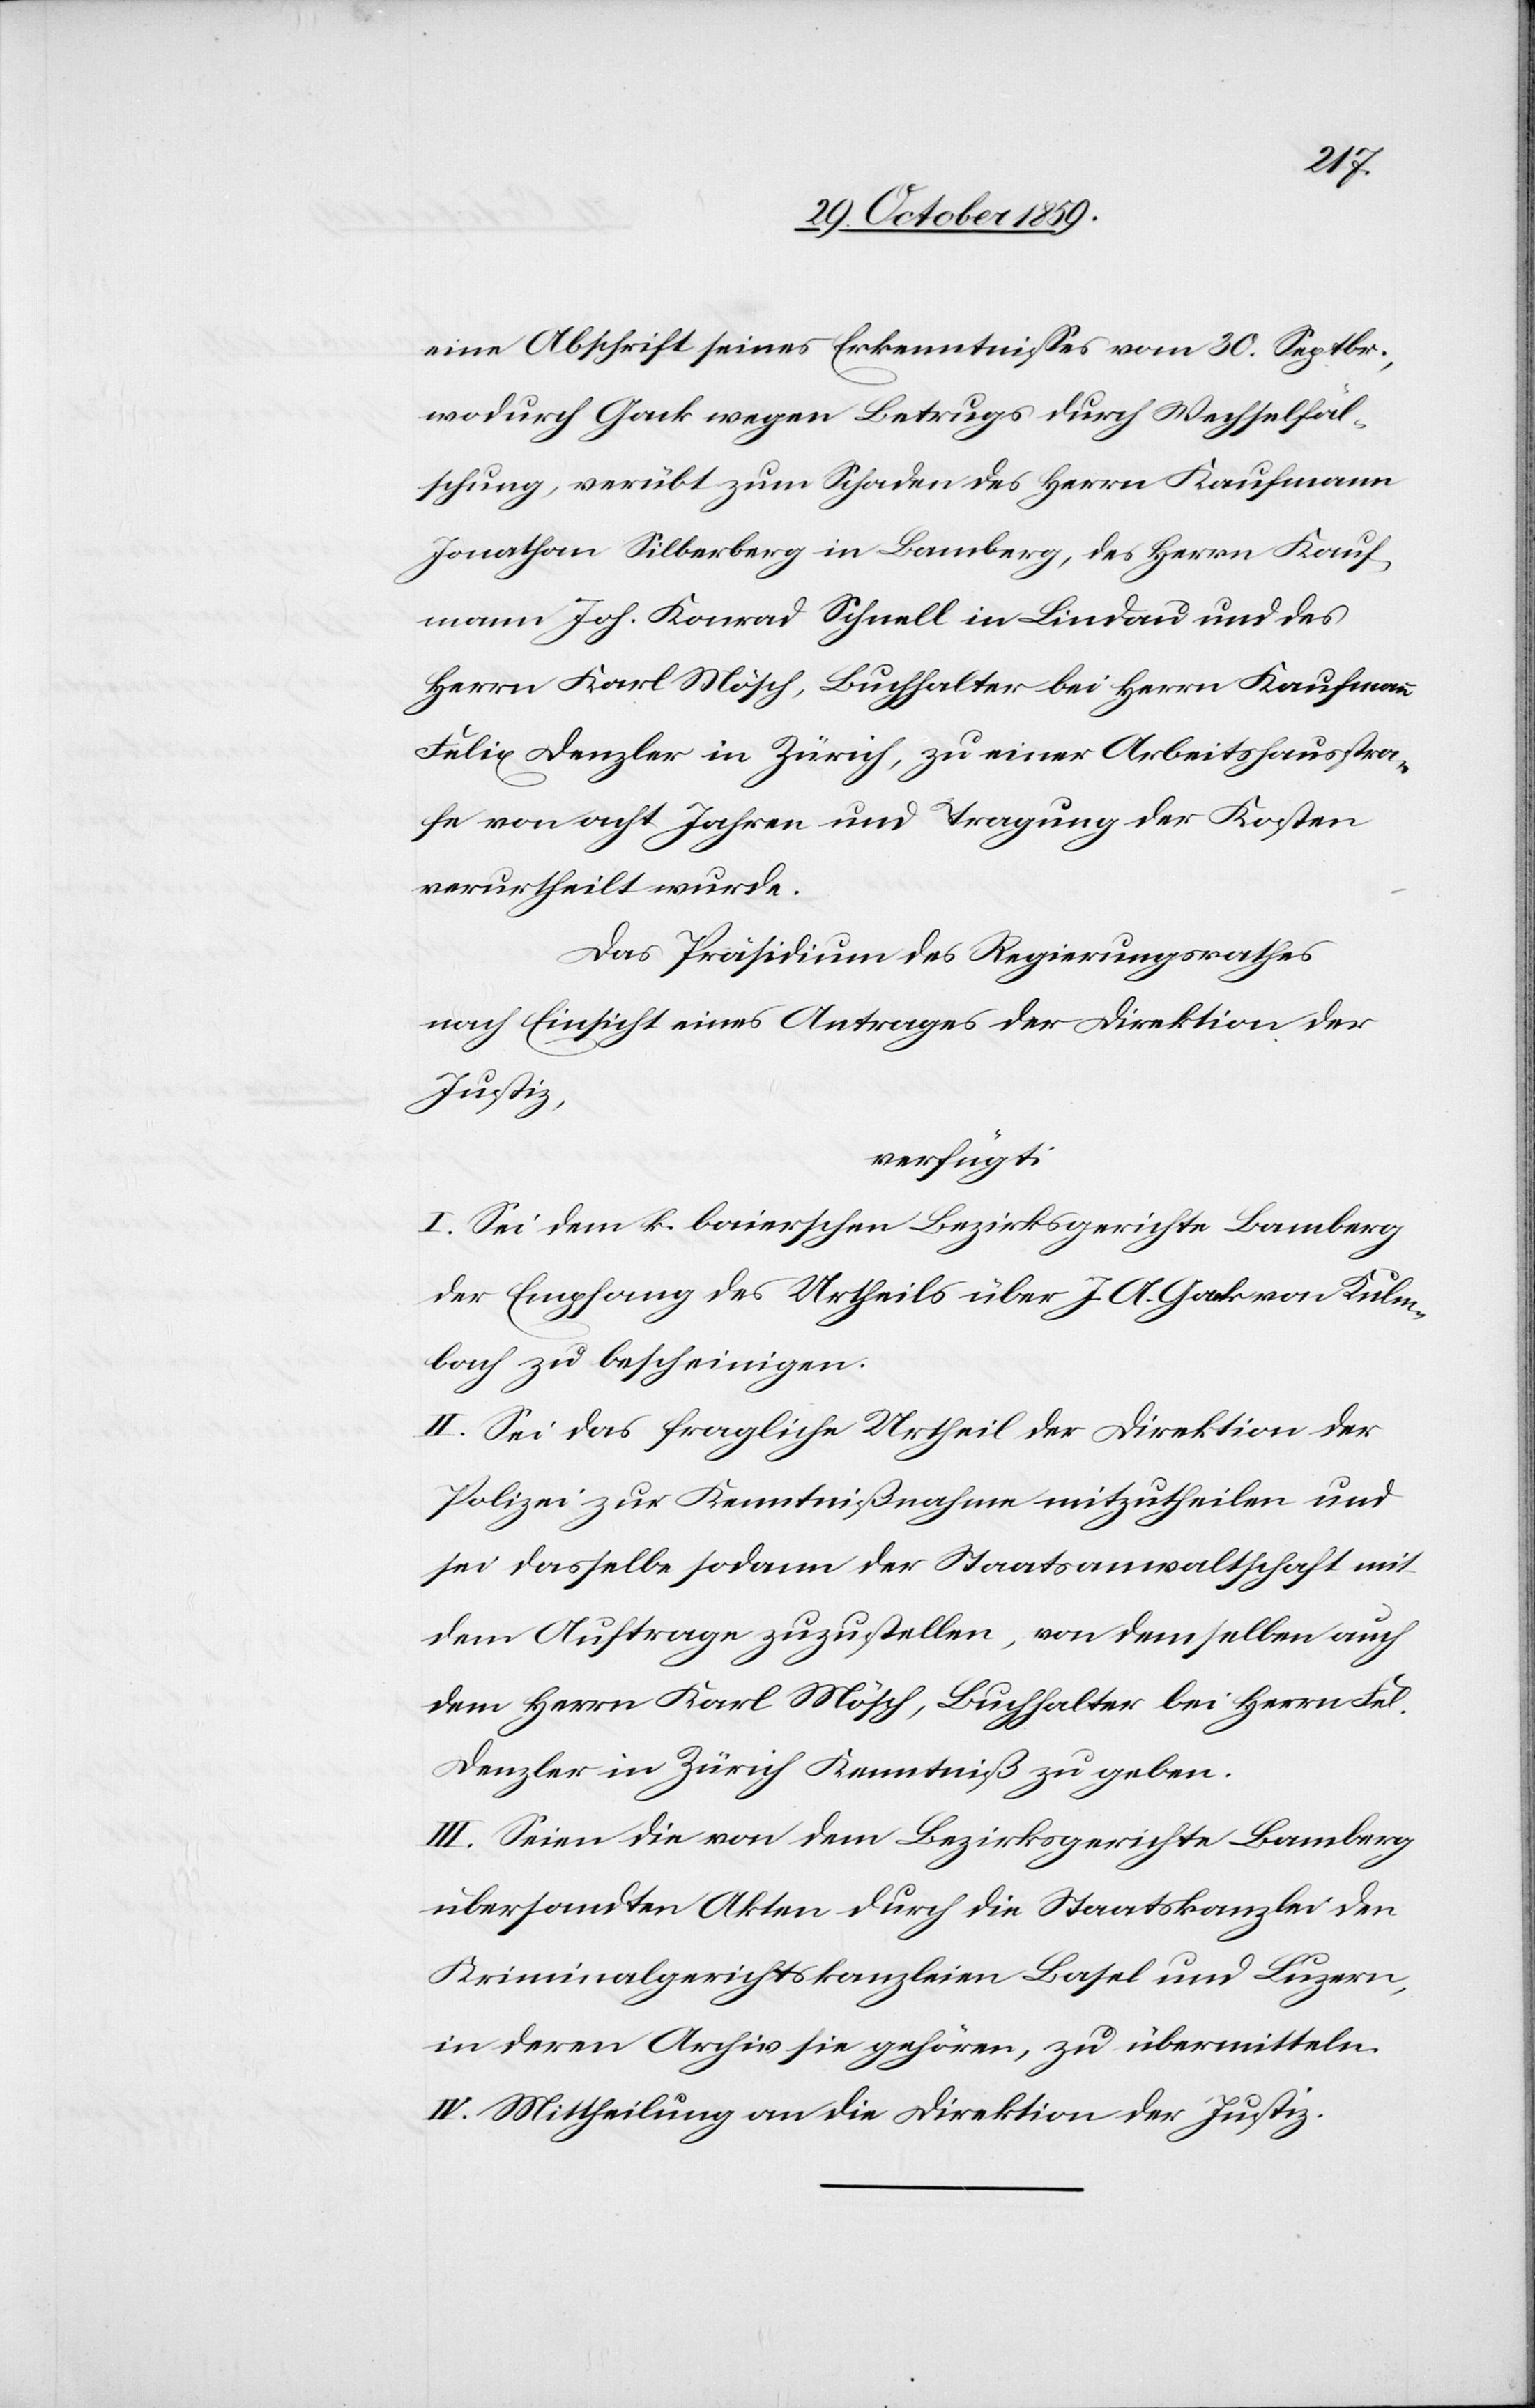
eine Abschrift seines Erkenntnisses vom 30. Septbr.,
wodurch Gack wegen Betrugs durch Wechselfäl¬
schung, verübt zum Schaden des Herrn Kaufmann
Jonathan Silberberg in Bamberg, des Herrn Kauf¬
mann Joh. Konrad Schnell in Lindau und des
Herrn Karl Mösch, Buchhalter bei Herrn Kaufmann
Felix Denzler in Zürich, zu einer Arbeitshausstra¬
fe von acht Jahren und Tragung der Kosten
verurtheilt wurde.
Das Präsidium des Regierungsrathes
nach Einsicht eines Antrages der Direktion der
Justiz,
verfügt:
I. Sei dem k. baierschen Bezirksgerichte Bamberg
der Empfang des Urtheils über J. A. Gack von Kulm¬
bach zu bescheinigen.
II. Sei das fragliche Urtheil der Direktion der
Polizei zur Kenntnißgabe mitzutheilen und
sei dasselbe sodann der Staatsanwaltschaft mit
dem Auftrage zuzustellen, von demselben auch
dem Herrn Karl Mösch, Buchhalter bei Herrn Fel.
Denzler in Zürich Kenntniß zu geben.
III. Seien die von dem Bezirksgerichte Bamberg
übersandten Akten durch die Staatskanzlei den
Kriminalgerichtskanzleien Basel und Luzern,
in deren Archiv sie gehören, zu übermitteln.
IV. Mittheilung an die Direktion der Justiz.